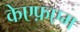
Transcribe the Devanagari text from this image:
केएफ़एम